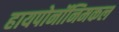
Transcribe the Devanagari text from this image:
हायपोनॉनिमकल